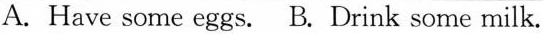
A.Have some eggs. B.Drink some milk.